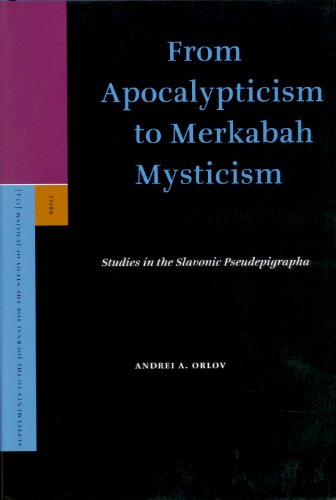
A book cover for From Apocalypticism to Merkabah Mysticism (Supplements to the Journal for the Study of Judaism); Orlov; Christian Books & Bibles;